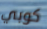
كوبي